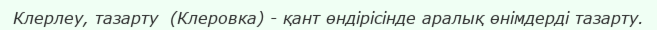
Клерлеу, тазарту  (Клеровка) - қант өндірісінде аралық өнімдерді тазарту.